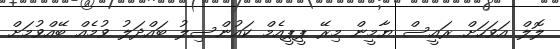
ލޮލް އަވަހަށް ރައީސް ޔާމީން މިރޭ ޕީޕީއެމް ކައުންސިލު ބައްދަލު ވުމެއް ބޭއްވުމަށް